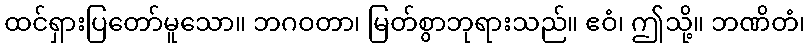
ထင်ရှားပြတော်မူသော။ ဘဂဝတာ၊ မြတ်စွာဘုရားသည်။ ဧဝံ၊ ဤသို့။ ဘဏိတံ၊